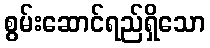
စွမ်းဆောင်ရည်ရှိသော